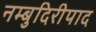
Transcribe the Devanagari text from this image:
नम्बुदिरीपाद